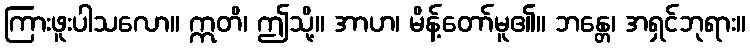
ကြားဖူးပါသလော။ ဣတိ၊ ဤသို့။ အာဟ၊ မိန့်တော်မူ၏။ ဘန္တေ၊ အရှင်ဘုရား။